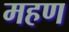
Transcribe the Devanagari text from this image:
महण